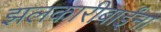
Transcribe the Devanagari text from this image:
झलकारीबाईंना